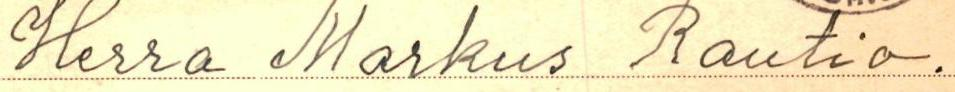
Herra Markus Rautio.